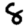
Digit: 8